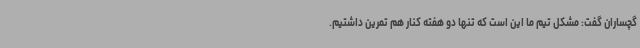
گچساران گفت: مشکل تیم ما این است که تنها دو هفته کنار هم تمرین داشتیم.